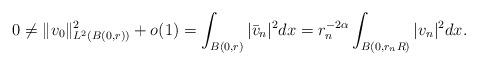
LaTeX: \begin{align*}0\neq\|v_0\|_{L^2(B(0,r))}^2+o(1)=\int_{B(0,r)}|\bar v_n|^2dx=r_n^{-2\alpha}\int_{B(0,r_nR)}|v_n|^2dx.\end{align*}